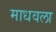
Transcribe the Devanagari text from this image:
माधवला